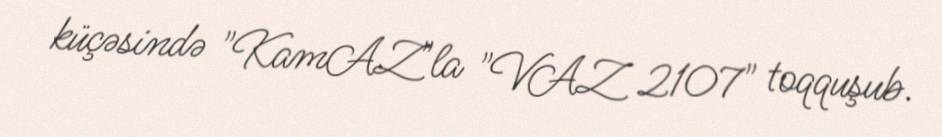
küçəsində "KamAZ"la "VAZ 2107" toqquşub.